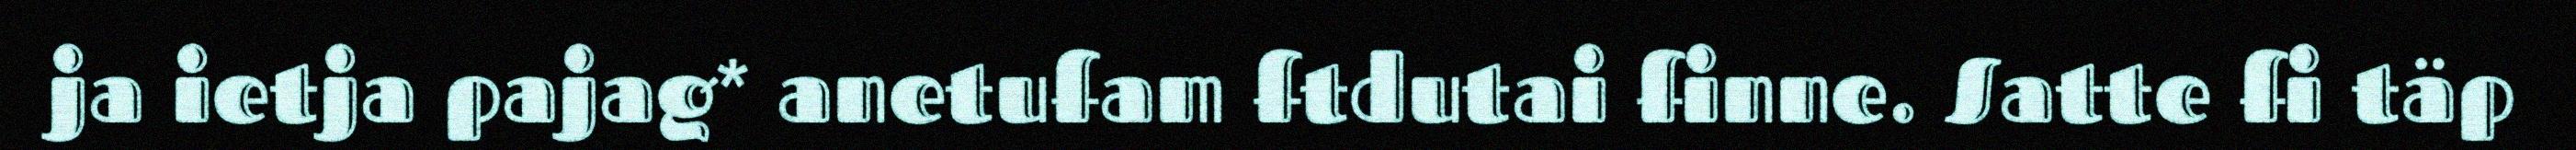
ja ietja pajag* anetufam ftdutai finne. Satte fi täp